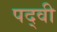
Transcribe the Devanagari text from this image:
पद्‍वी